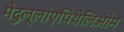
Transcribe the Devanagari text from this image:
मेदुल्लोएपिथेलिओम